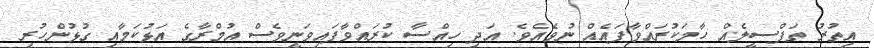
އިތުރު ތަފްސީލެއް ހާމަކުރައްވާފައެއް ނުވެއެވެ. އަދި ހިއްސާ ކުރައްވާފައިވަނީވެސް އުމްރާގެ އަޅުކަމާއި ގުޅުންހުރި